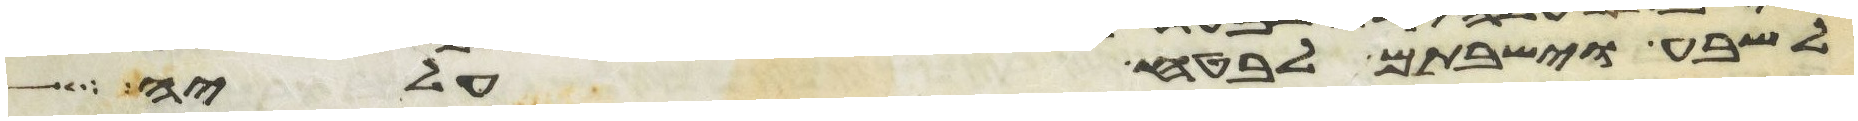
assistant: לשבע וישבתם לבטח עליה